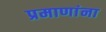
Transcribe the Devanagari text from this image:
प्रमाणांना